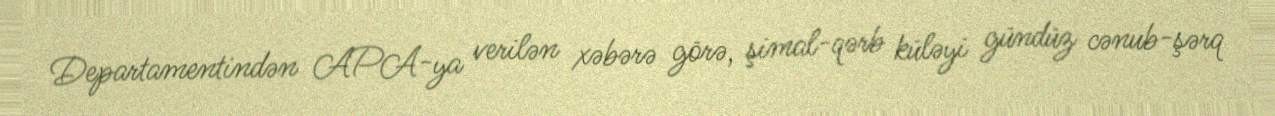
Departamentindən APA-ya verilən xəbərə görə, şimal-qərb küləyi gündüz cənub-şərq